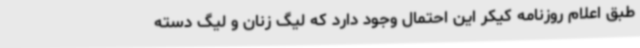
طبق اعلام روزنامه کیکر این احتمال وجود دارد که لیگ زنان و لیگ دسته